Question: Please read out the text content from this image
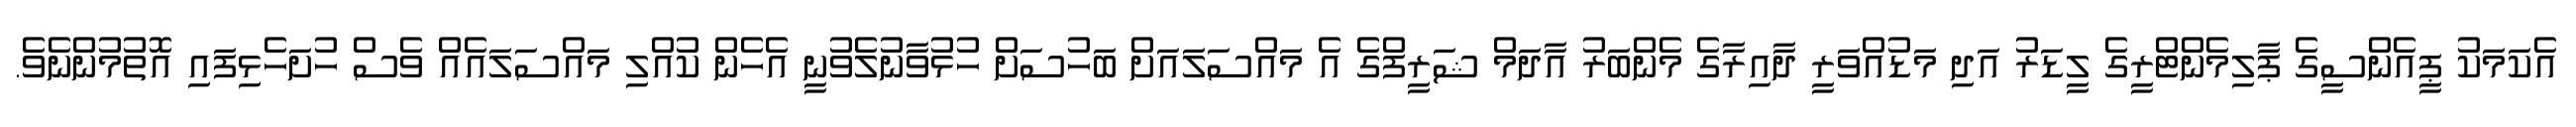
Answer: އެކަމަކު ޕީއެންސީގެ ޕާލިމެންޓްރީގެ ލީޑަރު އަދި މަޑުއްވަރީ ދާއިރާގެ މެންބަރު އާދަމް ޝަރީފްގެ އެ މައްސަލައަށް ބަހުސަށް ހުޅުވާނުލެވުނީ އެހެން ކުއްލި މައްސަލައެއް ވެސް ހުށަހެޅިފައި އޮތުމުންނެވެ.